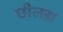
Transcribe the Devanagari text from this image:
छीलड़ा